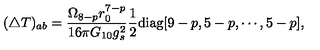
( \triangle T ) _ { a b } = \frac { \Omega _ { 8 - p } r _ { 0 } ^ { 7 - p } } { 1 6 \pi G _ { 1 0 } g _ { s } ^ { 2 } } \frac { 1 } { 2 } \mathrm { d i a g } [ 9 - p , 5 - p , \cdots , 5 - p ] ,